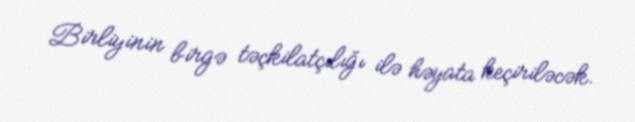
Birliyinin birgə təçkilatçılığı ilə həyata keçiriləcək.